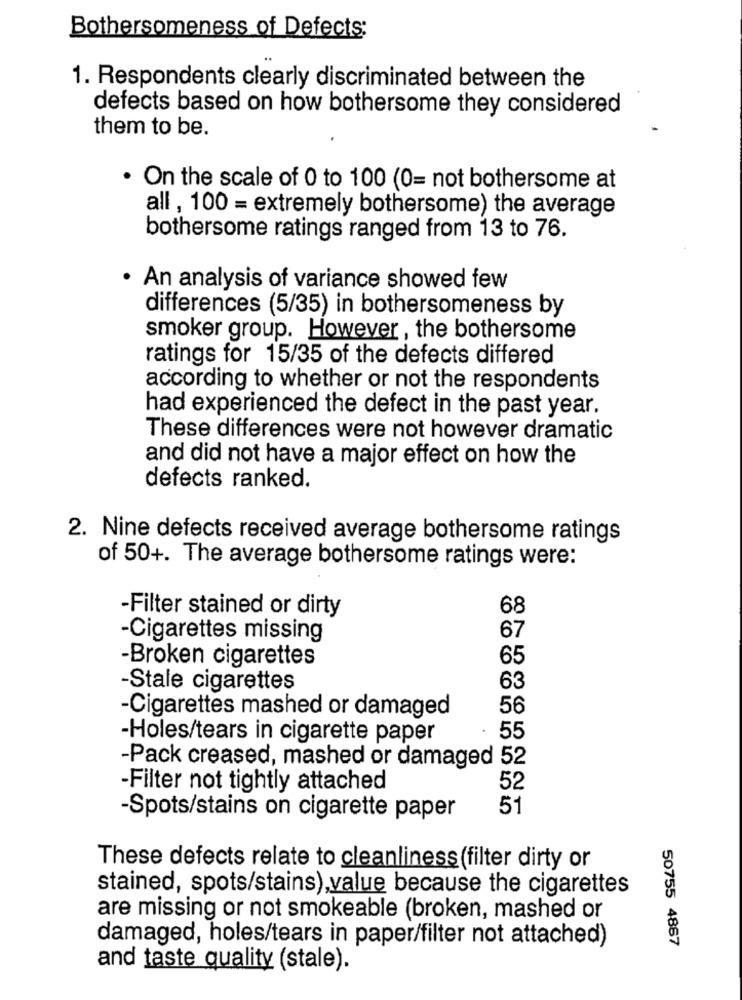
Bothersomeness of Defects:
1. Respondents clearly discriminated between the
defects based on how bothersome they considered
them to be.
. On the scale of 0 to 100 (0= not bothersome at
all , 100 = extremely bothersome) the average
bothersome ratings ranged from 13 to 76.
· An analysis of variance showed few
differences (5/35) in bothersomeness by
smoker group. However, the bothersome
ratings for 15/35 of the defects differed
according to whether or not the respondents
had experienced the defect in the past year.
These differences were not however dramatic
and did not have a major effect on how the
defects ranked.
2. Nine defects received average bothersome ratings
of 50+. The average bothersome ratings were:
-Filter stained or dirty
68
67
-Cigarettes missing
-Broken cigarettes
65
-Stale cigarettes
63
-Cigarettes mashed or damaged
56
-Holes/tears in cigarette paper
55
-Pack creased, mashed or damaged 52
-Filter not tightly attached
52
51
-Spots/stains on cigarette paper
These defects relate to cleanliness (filter dirty or
stained, spots/stains),value because the cigarettes
are missing or not smokeable (broken, mashed or
damaged, holes/tears in paper/filter not attached)
50755 4867
and taste quality (stale).